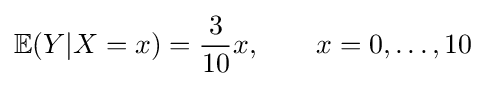
\mathbb {E} (Y|X=x)={\frac {3}{10}}x,\qquad x=0,\ldots ,10